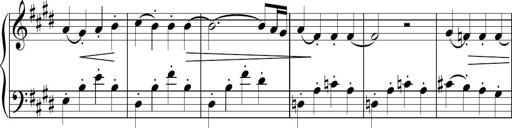
Title: Sonatina n.3
Composer: Tatiana Stankovych
Key: E major